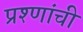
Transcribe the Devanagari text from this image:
प्रश्णांची